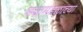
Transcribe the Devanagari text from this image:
गढामंडळाच्या